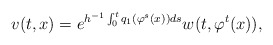
\begin{align*} v(t,x)=e^{h^{-1}\int_0^t q_1(\varphi^s(x))ds}w(t,\varphi^t(x)),\end{align*}